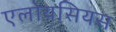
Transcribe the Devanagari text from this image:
एलोयसियस